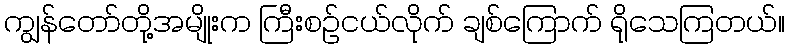
ကျွန်တော်တို့အမျိုးက ကြီးစဉ်ငယ်လိုက် ချစ်ကြောက် ရိုသေကြတယ်။